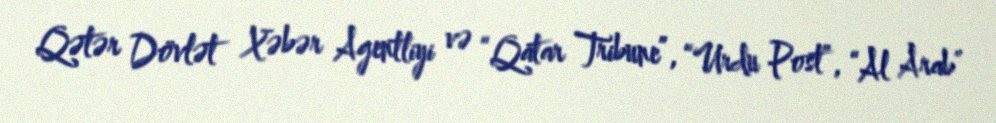
Qətər Dövlət Xəbər Agentliyi və “Qatar Tribune”, “Urdu Post”, “Al Arab”